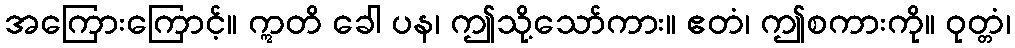
အကြေားကြောင့်။ ဣတိ ခေါ ပန၊ ဤသို့သော်ကား။ ဧတံ၊ ဤစကားကို။ ဝုတ္တံ၊